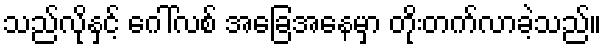
သည်လိုနှင့် ဂေါ်လစ် အခြေအနေမှာ တိုးတက်လာခဲ့သည်။